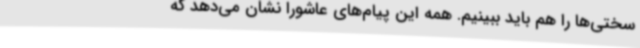
سختی‌ها را هم باید ببینیم. همه این پیام‌های عاشورا نشان می‌دهد که